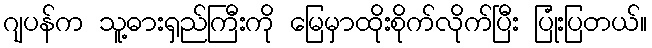
ဂျပန်က သူ့ဓားရှည်ကြီးကို မြေမှာထိုးစိုက်လိုက်ပြီး ပြုံးပြတယ်။